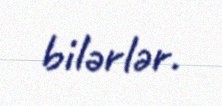
bilərlər.